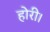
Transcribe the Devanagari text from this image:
होरी।